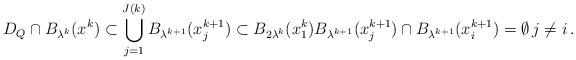
LaTeX: \begin{align*}D_Q\cap B_{\lambda^k}(x^k)\subset \bigcup_{j=1}^{J(k)}B_{\lambda^{k+1}}(x^{k+1}_j)\subset B_{2\lambda^k}(x^k_1) B_{\lambda^{k+1}}(x^{k+1}_j)\cap B_{\lambda^{k+1}}(x^{k+1}_i)=\emptyset\,j\neq i\,.\end{align*}